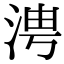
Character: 涄